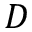
D